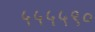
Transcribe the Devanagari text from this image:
५५५५९०